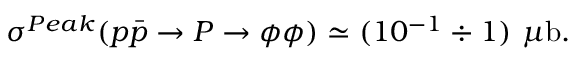
\sigma ^ { P e a k } ( p \bar { p } \to P \to \phi \phi ) \simeq ( 1 0 ^ { - 1 } \div 1 ) ~ \mu \mathrm { b } .